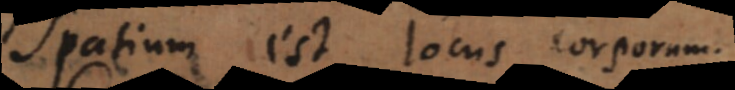
Spatium est locus corporum.